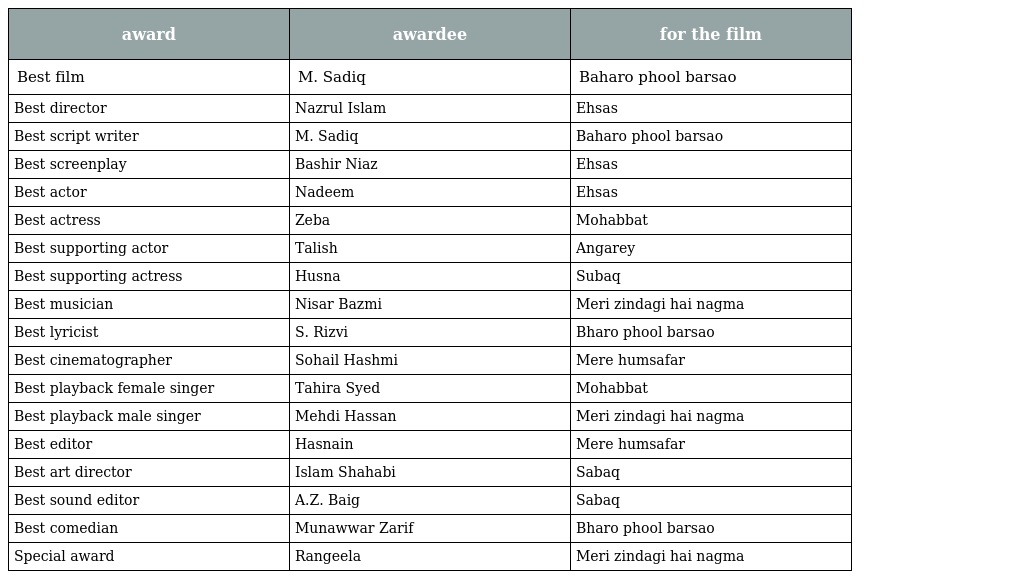
| award | awardee | for the film |
 | --- | --- | --- |
 | Best film | M. Sadiq | Baharo phool barsao |
 | Best director | Nazrul Islam | Ehsas |
 | Best script writer | M. Sadiq | Baharo phool barsao |
 | Best screenplay | Bashir Niaz | Ehsas |
 | Best actor | Nadeem | Ehsas |
 | Best actress | Zeba | Mohabbat |
 | Best supporting actor | Talish | Angarey |
 | Best supporting actress | Husna | Subaq |
 | Best musician | Nisar Bazmi | Meri zindagi hai nagma |
 | Best lyricist | S. Rizvi | Bharo phool barsao |
 | Best cinematographer | Sohail Hashmi | Mere humsafar |
 | Best playback female singer | Tahira Syed | Mohabbat |
 | Best playback male singer | Mehdi Hassan | Meri zindagi hai nagma |
 | Best editor | Hasnain | Mere humsafar |
 | Best art director | Islam Shahabi | Sabaq |
 | Best sound editor | A.Z. Baig | Sabaq |
 | Best comedian | Munawwar Zarif | Bharo phool barsao |
 | Special award | Rangeela | Meri zindagi hai nagma |